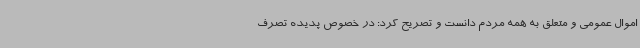
اموال عمومی و متعلق به همه مردم دانست و تصریح کرد: در خصوص پدیده تصرف